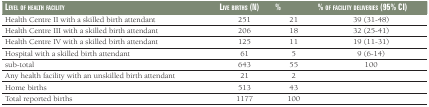
<table><thead><tr><td><b>Level of health facility</b></td><td><b>Live births (N)</b></td><td><b>%</b></td><td><b>% of facility deliveries (95% CI)</b></td></tr></thead><tbody><tr><td>Health Centre II with a skilled birth attendant</td><td>251</td><td>21</td><td>39 (31-48)</td></tr><tr><td>Health Centre III with a skilled birth attendant</td><td>206</td><td>18</td><td>32 (25-41)</td></tr><tr><td>Health Centre IV with a skilled birth attendant</td><td>125</td><td>11</td><td>19 (11-31)</td></tr><tr><td>Hospital with a skilled birth attendant</td><td>61</td><td>5</td><td>9 (6-14)</td></tr><tr><td>sub-total</td><td>643</td><td>55</td><td>100</td></tr><tr><td>Any health facility with an unskilled birth attendant</td><td>21</td><td>2</td><td></td></tr><tr><td>Home births</td><td>513</td><td>43</td><td></td></tr><tr><td>Total reported births</td><td>1177</td><td>100</td><td></td></tr></tbody></table>